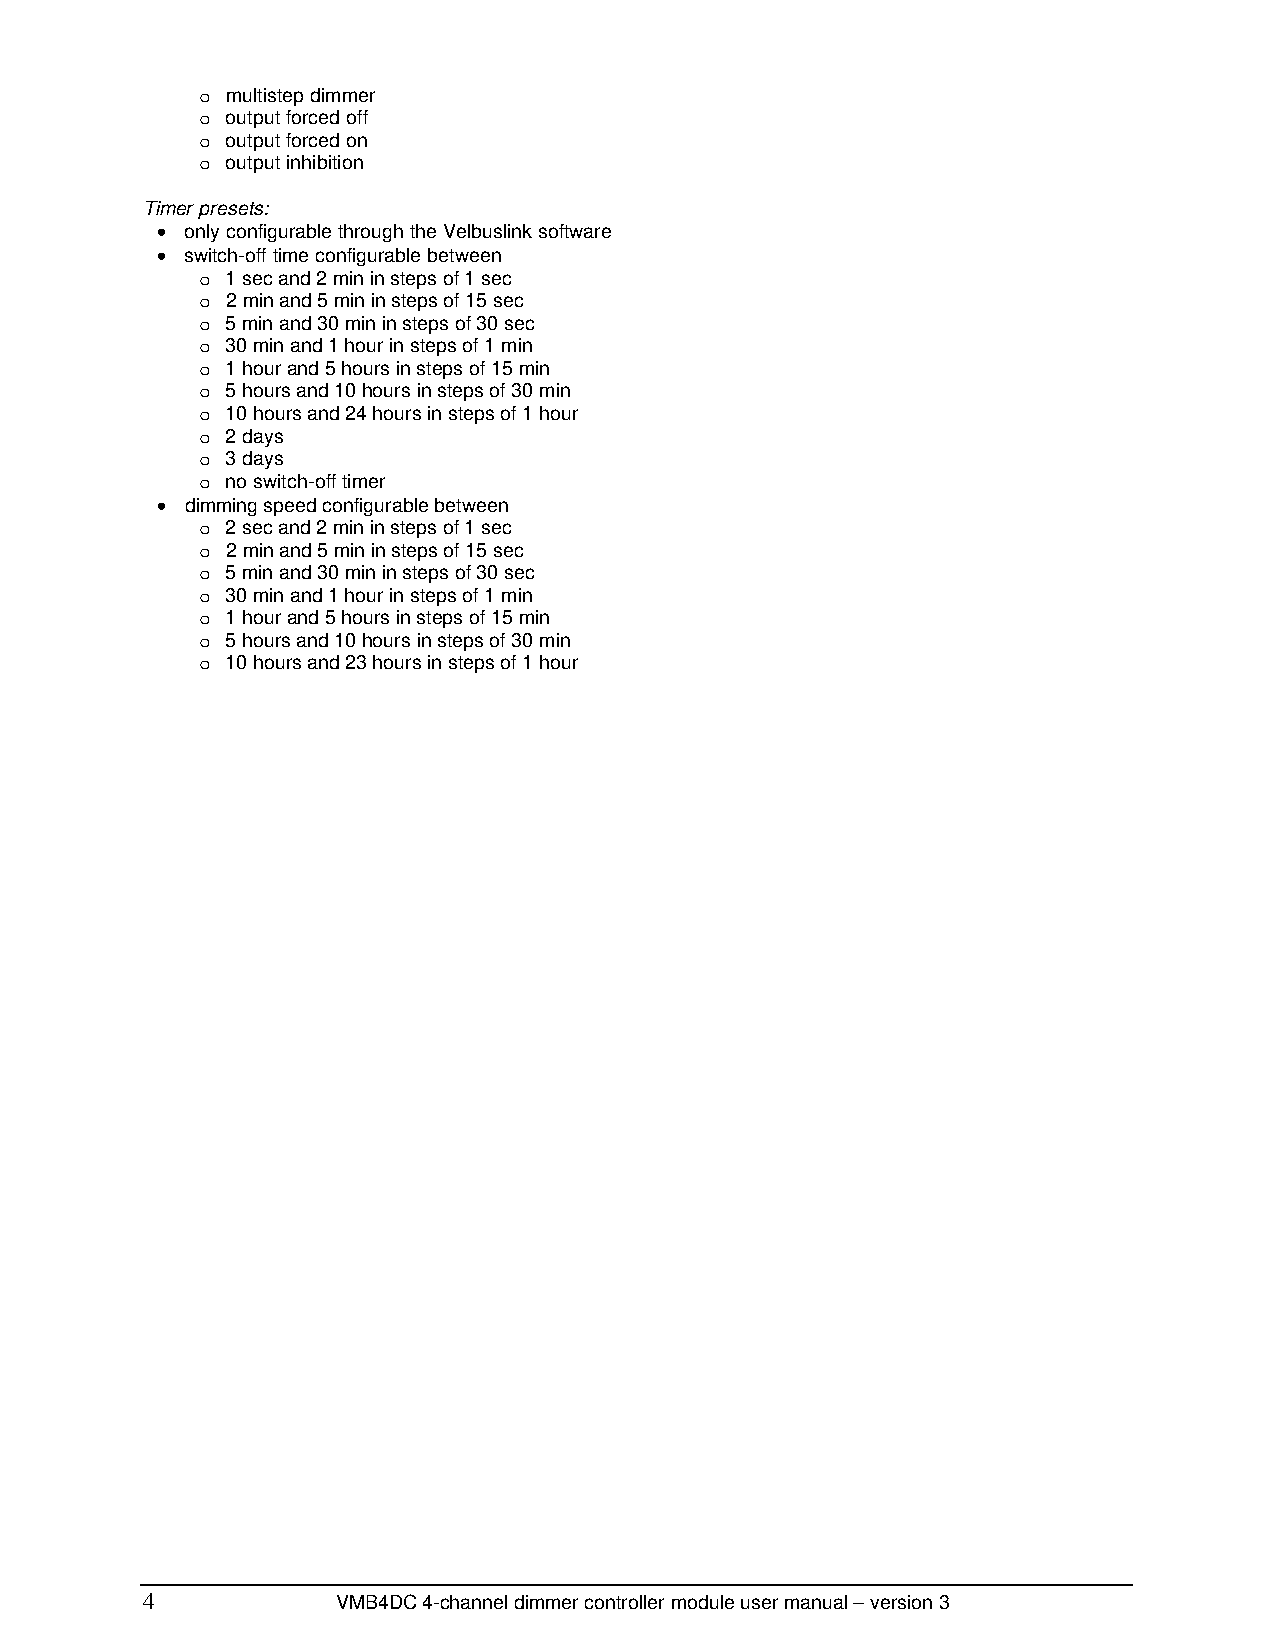
o multistep dimmer
 o output forced off
 o output forced on
 o output inhibition
 Timer presets:
 • only configurable through the Velbuslink software
 • switch-off time configurable between
 o 1 sec and 2 min in steps of 1 sec
 o 2 min and 5 min in steps of 15 sec
 o 5 min and 30 min in steps of 30 sec
 o 30 min and 1 hour in steps of 1 min
 o 1 hour and 5 hours in steps of 15 min
 o 5 hours and 10 hours in steps of 30 min
 o 10 hours and 24 hours in steps of 1 hour
 o 2 days
 o 3 days
 o no switch-off timer
 • dimming speed configurable between
 o 2 sec and 2 min in steps of 1 sec
 o 2 min and 5 min in steps of 15 sec
 o 5 min and 30 min in steps of 30 sec
 o 30 min and 1 hour in steps of 1 min
 o 1 hour and 5 hours in steps of 15 min
 o 5 hours and 10 hours in steps of 30 min
 o 10 hours and 23 hours in steps of 1 hour
 4
 VMB4DC 4-channel dimmer controller module user manual – version 3